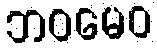
ဘဝမေဝ